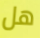
هل